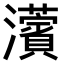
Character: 𤄠